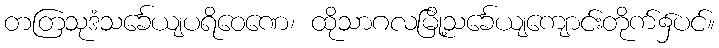
တတြသုဒံသင်္ခေယျပရိဝေဏေ၊ ထိုသာဂလမြို့သင်္ခေယျကျောင်းတိုက်၌ပင်။